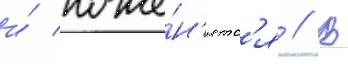
и́ поже́н'ятс'я // В